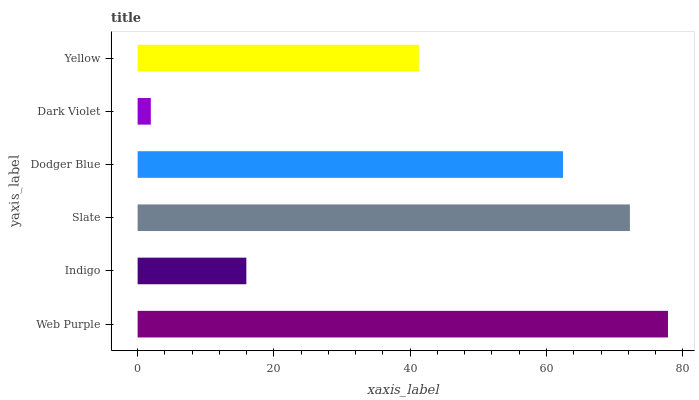
| yaxis_label | bars |
 | --- | --- |
 | Web Purple | 77.8 |
 | Indigo | 16 |
 | Slate | 72.2 |
 | Dodger Blue | 62.4 |
 | Dark Violet | 1.94 |
 | Yellow | 41.3 |